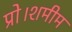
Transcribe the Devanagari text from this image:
प्रो।शमीम